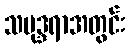
သမုဒ္ဒရာအတွင်း